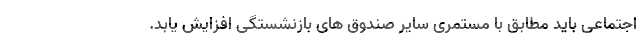
اجتماعی باید مطابق با مستمری سایر صندوق های بازنشستگی افزایش یابد.